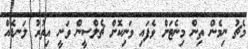
މެޗު ނިމެން ތިން މިނެޓަށް ވެފައި ވަނިކޮށް ޗެލްސީން ވަނީ އިތުރު ލަނޑެއް